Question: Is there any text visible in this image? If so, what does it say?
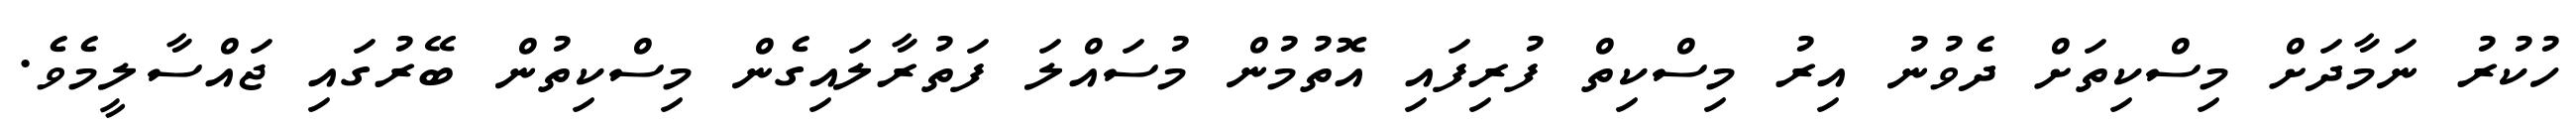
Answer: ހުކުރު ނަމާދަށް މިސްކިތަށް ދެވުނު އިރު މިސްކިތް ފުރިފައި އޮތުމުން މުސައްލަ ފަތުރާލައިގެން މިސްކިތުން ބޭރުގައި ޖައްސާލީމެވެ.